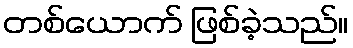
တစ်ယောက် ဖြစ်ခဲ့သည်။